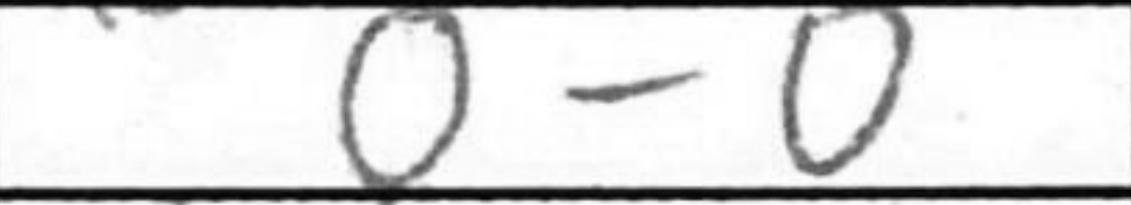
Transcription: O-O